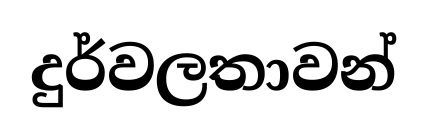
දුර්වලතාවන්